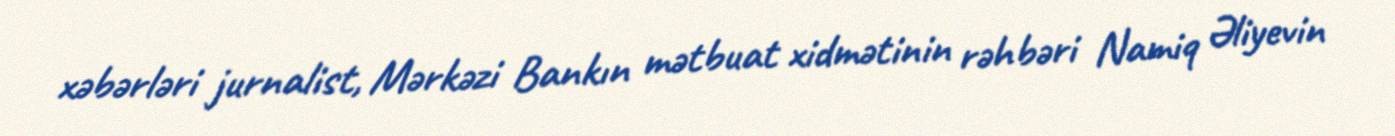
xəbərləri jurnalist, Mərkəzi Bankın mətbuat xidmətinin rəhbəri Namiq Əliyevin